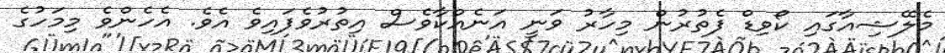
މެލޭޝިއާގައި ކޯވިޑް ފެތުރުން މިހާރު ވަނީ އަނެއްކާވެސް އިތުރުވެފައިވެ އެވެ. އެހެންވެ މިމަހުގެ